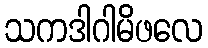
သကဒါဂါမိဖလေ